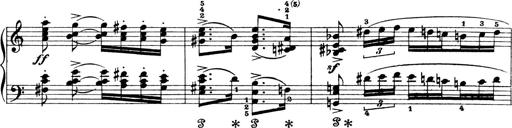
Title: 4 Sonatines
Composer: Max Reger